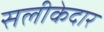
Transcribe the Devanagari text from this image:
सलीकेदार